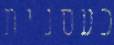
כעסנית